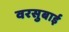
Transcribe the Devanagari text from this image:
वरसुबाई